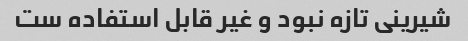
شیرینی تازه نبود و غیر قابل استفاده ست